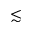
\lesssim